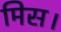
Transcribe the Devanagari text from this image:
मिस।